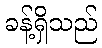
ခန့်ရှိသည်